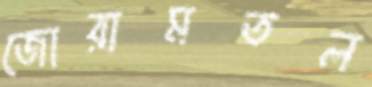
জোরামতল